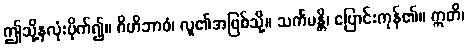
ဤသို့နှလုံးပိုက်၍။ ဂိဟိဘာဝံ၊ လူ၏အဖြစ်သို့။ သင်္ကမန္တိ၊ ပြောင်းကုန်၏။ ဣတိ၊